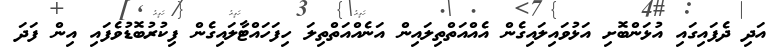
އަދި ދެފައިގައި އުޅަންބޮށި އަޅުވައިލައިގެން އެއްއަތްތިލައިން އަނެއްއަތްތިލަ ހިފަހައްޓާލައިގެން ފިކުރުބޮޑުވެފައި އިން ފަދަ